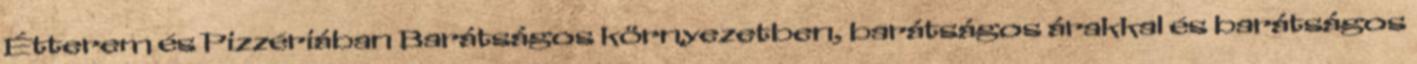
Étterem és Pizzériában Barátságos környezetben, barátságos árakkal és barátságos